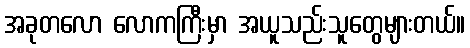
အခုတလော လောကကြီးမှာ အယူသည်းသူတွေများတယ်။